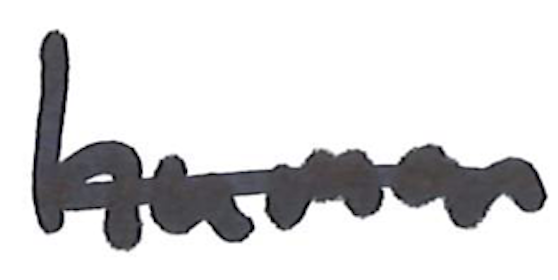
Text: human
Cross-out: mix
Writing tool: marker